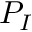
P _ { I }